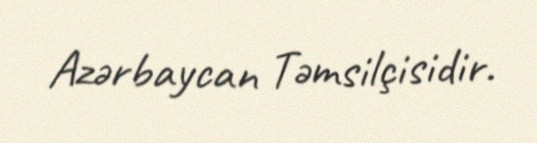
Azərbaycan Təmsilçisidir.